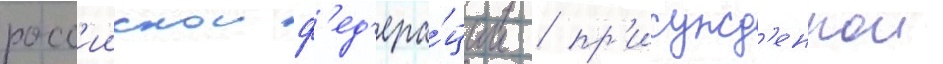
росс'иискои ф'ед'ера́ции / пр'исужд'еннои